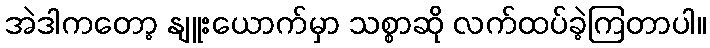
အဲဒါကတော့ နျူးယောက်မှာ သစ္စာဆို လက်ထပ်ခဲ့ကြတာပါ။